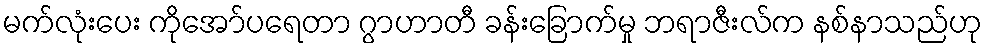
မက်လုံးပေး ကိုအော်ပရေတာ ဂွာဟာတီ ခန်းခြောက်မှု ဘရာဇီးလ်က နစ်နာသည်ဟု